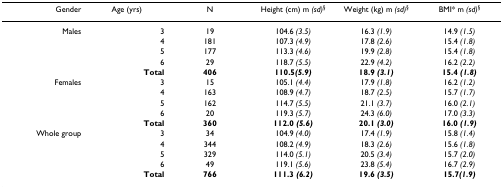
| Gender | Age (yrs) | N | Height (cm) m (sd)§ | Weight (kg) m (sd)§ | BMI* m (sd)§ |
 | --- | --- | --- | --- | --- | --- |
 | Males | 3 | 19 | 104.6 (3.5) | 16.3 (1.9) | 14.9 (1.5) |
 |  | 4 | 181 | 107.3 (4.9) | 17.8 (2.6) | 15.4 (1.8) |
 |  | 5 | 177 | 113.3 (4.6) | 19.9 (2.8) | 15.4 (1.8) |
 |  | 6 | 29 | 118.7 (5.5) | 22.9 (4.2) | 16.2 (2.2) |
 |  | Total | 406 | 110.5(5.9) | 18.9 (3.1) | 15.4 (1.8) |
 | Females | 3 | 15 | 105.1 (4.4) | 17.9 (1.8) | 16.2 (1.2) |
 |  | 4 | 163 | 108.9 (4.7) | 18.7 (2.5) | 15.7 (1.7) |
 |  | 5 | 162 | 114.7 (5.5) | 21.1 (3.7) | 16.0 (2.1) |
 |  | 6 | 20 | 119.3 (5.7) | 24.3 (6.0) | 17.0 (3.3) |
 |  | Total | 360 | 112.0 (5.6) | 20.1 (3.0) | 16.0 (1.9) |
 | Whole group | 3 | 34 | 104.9 (4.0) | 17.4 (1.9) | 15.8 (1.4) |
 |  | 4 | 344 | 108.2 (4.9) | 18.3 (2.6) | 15.6 (1.8) |
 |  | 5 | 329 | 114.0 (5.1) | 20.5 (3.4) | 15.7 (2.0) |
 |  | 6 | 49 | 119.1 (5.6) | 23.8 (5.4) | 16.7 (2.9) |
 |  | Total | 766 | 111.3 (6.2) | 19.6 (3.5) | 15.7(1.9) |